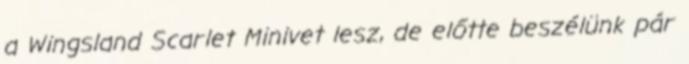
a Wingsland Scarlet Minivet lesz, de előtte beszélünk pár